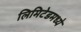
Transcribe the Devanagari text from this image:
लिमिटेडमध्ये